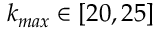
k _ { m a x } \in [ 2 0 , 2 5 ]